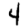
Digit: 4